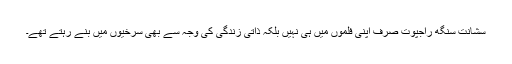
سشانت سنگھ راجپوت صرف اپنی فلموں میں ہی نہیں بلکہ ذاتی زندگی کی وجہ سے بھی سرخیوں میں بنے رہتے تھے۔